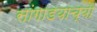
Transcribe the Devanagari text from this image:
सांगाडयाच्या